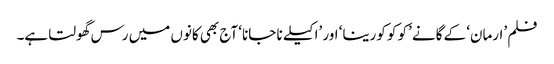
فلم ’ارمان‘ کے گانے ’کو کو کورینا‘ اور ’اکیلے نا جانا‘ آج بھی کانوں میں رس گھولتا ہے۔